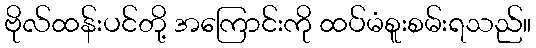
ဗိုလ်ထန်းပင်တို့ အကြောင်းကို ထပ်မံစူးစမ်းရသည်။